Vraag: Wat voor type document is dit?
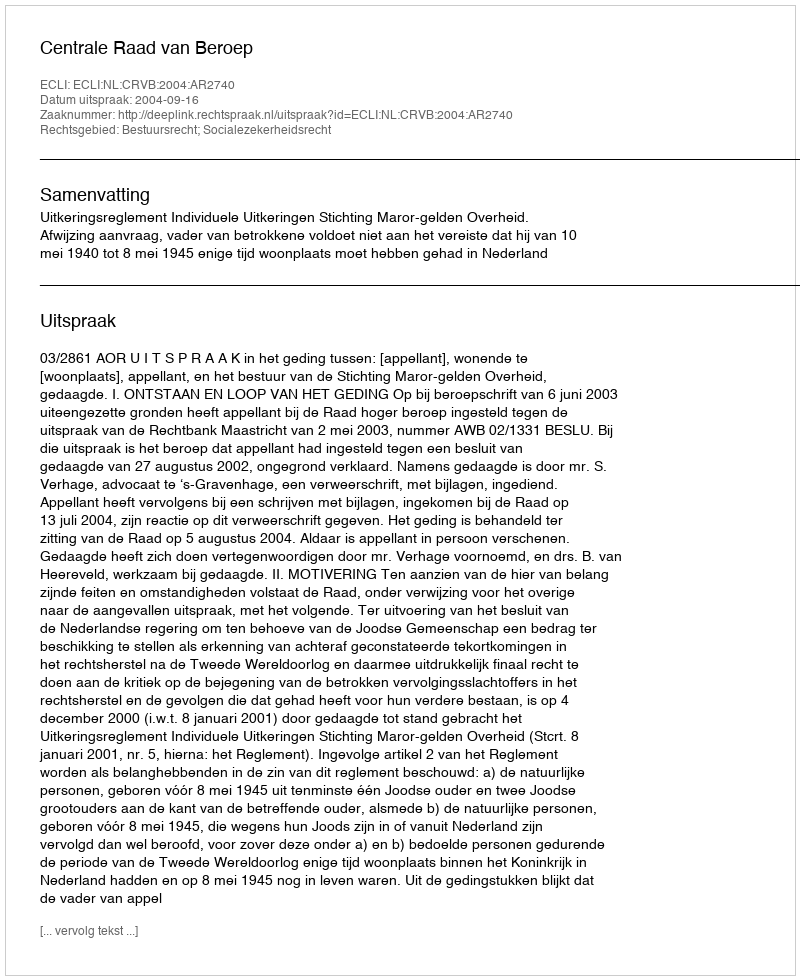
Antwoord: Uitspraak